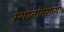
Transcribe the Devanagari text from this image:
स्थानांतराच्या